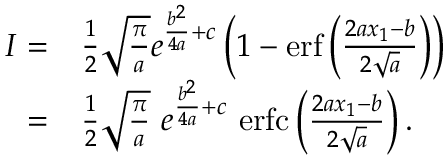
\begin{array} { r l } { I = } & { \frac { 1 } { 2 } \sqrt { \frac { \pi } { a } } e ^ { \frac { b ^ { 2 } } { 4 a } + c } \left( 1 - \mathrm { e r f } \left( { \frac { 2 a x _ { 1 } - b } { 2 \sqrt { a } } } \right) \right) } \\ { = } & { \frac { 1 } { 2 } \sqrt { \frac { \pi } { a } } \ e ^ { \frac { b ^ { 2 } } { 4 a } + c } \ \mathrm { e r f c } \left( { \frac { 2 a x _ { 1 } - b } { 2 \sqrt { a } } } \right) . } \end{array}